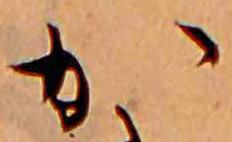
か